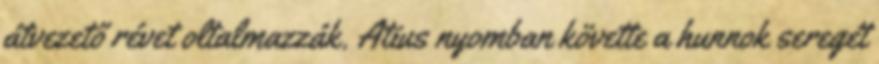
átvezető révet oltalmazzák. Atius nyomban követte a hunnok seregét